Annual report of the Bengal Veterinary College and of the Civil Veterinary Department, Bengal, for the year 1911-1912 - 1911-1912
Year: 1911
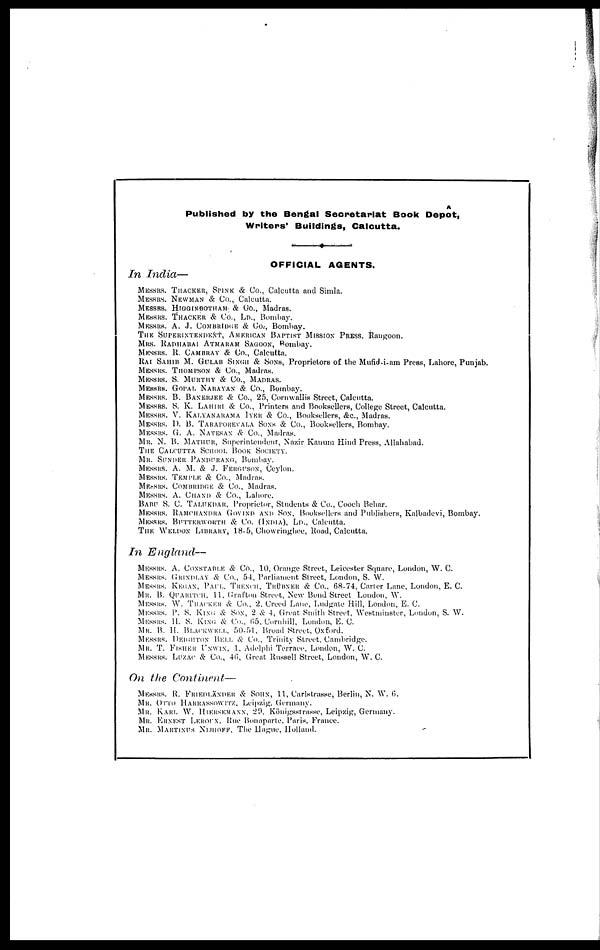
A
Published by the Bengal Secretariat Book Depot,
Writers' Buildings, Calcutta.
OFFICIAL AGENTS.
In India—
MESSRS. THACKER, SPINK & Co., Calcutta and Simla.
MESSRS. NEWMAN & Co., Calcutta.
MESSRS. HIGGINBOTHAM & Co., Madras.
MESSRS. THACKER & Co., LD., Bombay.
MESSRS. A. J. COMBRIDGE & Co.-, Bombay.
THE SUPERINTENDENT, AMERICAN BAPTIST MISSION PRESS, Rangoon.
MRS. RADHABAI ATMARAM SAGOON, Bombay.
MESSRS. R. CAMBRAY & Co., Calcutta.
RAI SAHIB M. GULAB SINGH & SONS, Proprietors of the Mufid-i-am Press, Lahore, Punjab.
MESSRS. THOMPSON & Co., Madras.
MESSRS. S. MURTHY & Co., MADRAS.
MESSRS. GORAL NARAYAN & Co., Bombay.
MESSRS. B. BANERJEE & Co., 25, Cornwallis Street, Calcutta.
MESSRS. S. K. LAHIRI & Co., Printers and Booksellers, College Street, Calcutta.
MESSRS. V. KALYANARAMA IYER & Co., Booksellers, &c, Madras.
MESSRS. D. B. TARAPOREVALA SONS & Co., Booksellers, Bombay.
MESSRS. G. A. NATESAN & Co., Madras.
MR. N. B. MATHUR, Superinteudent, Nazir Kanuin Hind Press, Allahabad.
THE CALCUTTA SCHOOL BOOK SOCIETY.
MR. SUNDER PANDURANG, Bombay.
MESSRS. A. M. & J. FERGUSON, Ceylon.
MESSRS. TEMPLE & Co., Madras.
MESSRS. COMBRIDGEA & Co., Madras.
MESSRS. A. CHAND & Co., Lahore.
BABU S. C. TALUKDAR, Proprietor, Students & Co., Cooch Behar.
MESSRS. RAMCHNDRA GOVIND AND SON, Booksellers and Publishers, Kalbadevi, Bombay.
MESSRS. BUTTKRWORTH & CO. (INDIA), LD., Calcutta.
THE WELDON LIBRARY,18-5, Chowringhee, Road, Calcutta.
In England—
MESSRS. A. CONSTABLE& Co., 10, Orange Street, Leicester Square, London, W. C.
MESSRS. GRINDLAY & Co., 54, Parliament Street, London, S. W.
MESSRS. KEGAN, PAIL, TREXCH, TRÜBXER & Co.. 68-74, Carter Lane, London, E. C.
MR. B. QUARITCH, 11, Grafton Street, New Bond Street Loudon, W.
MESSRS. W. THACKER & Co., 2, Creed Lane, Ludgate Hill, London, E. C.
MESSRS. P. S. KING & SON, 2 & 4, Great Smith Street, Westminster, London, S. W.
MESSRS. 11. S. KING Co.. 65, Cornhill, London, E. C.
MR. B. II. BLACKWELL, 50-51, Broad Street, Oxford.
MESSRS. DEIGHTON BELL & Co., Trinity Street, Cambridge.
MR. T. FISHER UNWIN, 1, Adelphi Terrace, London, W. C.
MESSRS. LUZAC & Co., 46, Great Russell Street, London, .W. C.
On the Continent—
MESSRS. R. FRIEDLÄNDER & SOHN, 11, Carlstrasse, Berlin, N. W. 6.
MR. OTTO HAHRASSOWITZ, Leipzig. Germany.
MR. KARL W. HIERSEMANN, 29. Königsstrasse, Leipzig, Germany.
MR. ERNEST LEROUX, Rue Bonaparte, Paris. France.
MR. NARTINUS NIJHOFF, The Hague, Holland.